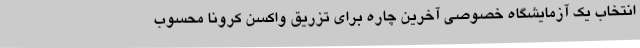
انتخاب یک آزمایشگاه خصوصی آخرین چاره برای تزریق واکسن کرونا محسوب